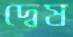
দ্বেষ